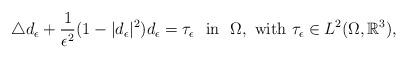
LaTeX: \begin{align*}\triangle d_\epsilon+\frac{1}{\epsilon^2}(1-|d_\epsilon|^2)d_{\epsilon}=\tau_{\epsilon}\ \ {\rm{in}} \ \ \Omega, \ {\rm{with}}\ \tau_\epsilon\in L^2(\Omega,\mathbb R^3),\end{align*}